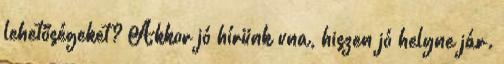
lehetőségeket? Akkor jó hírünk vna, hiszen jó helyne jár.